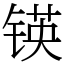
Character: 锳